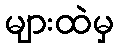
များထဲမှ